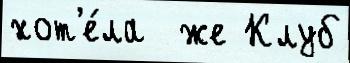
хот'е́ла  же Клуб